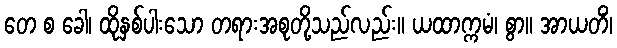
တေ စ ခေါ၊ ထိုနှစ်ပါးသော တရားအစုတို့သည်လည်း။ ယထာက္ကမံ၊ စွာ။ အာယတိံ၊